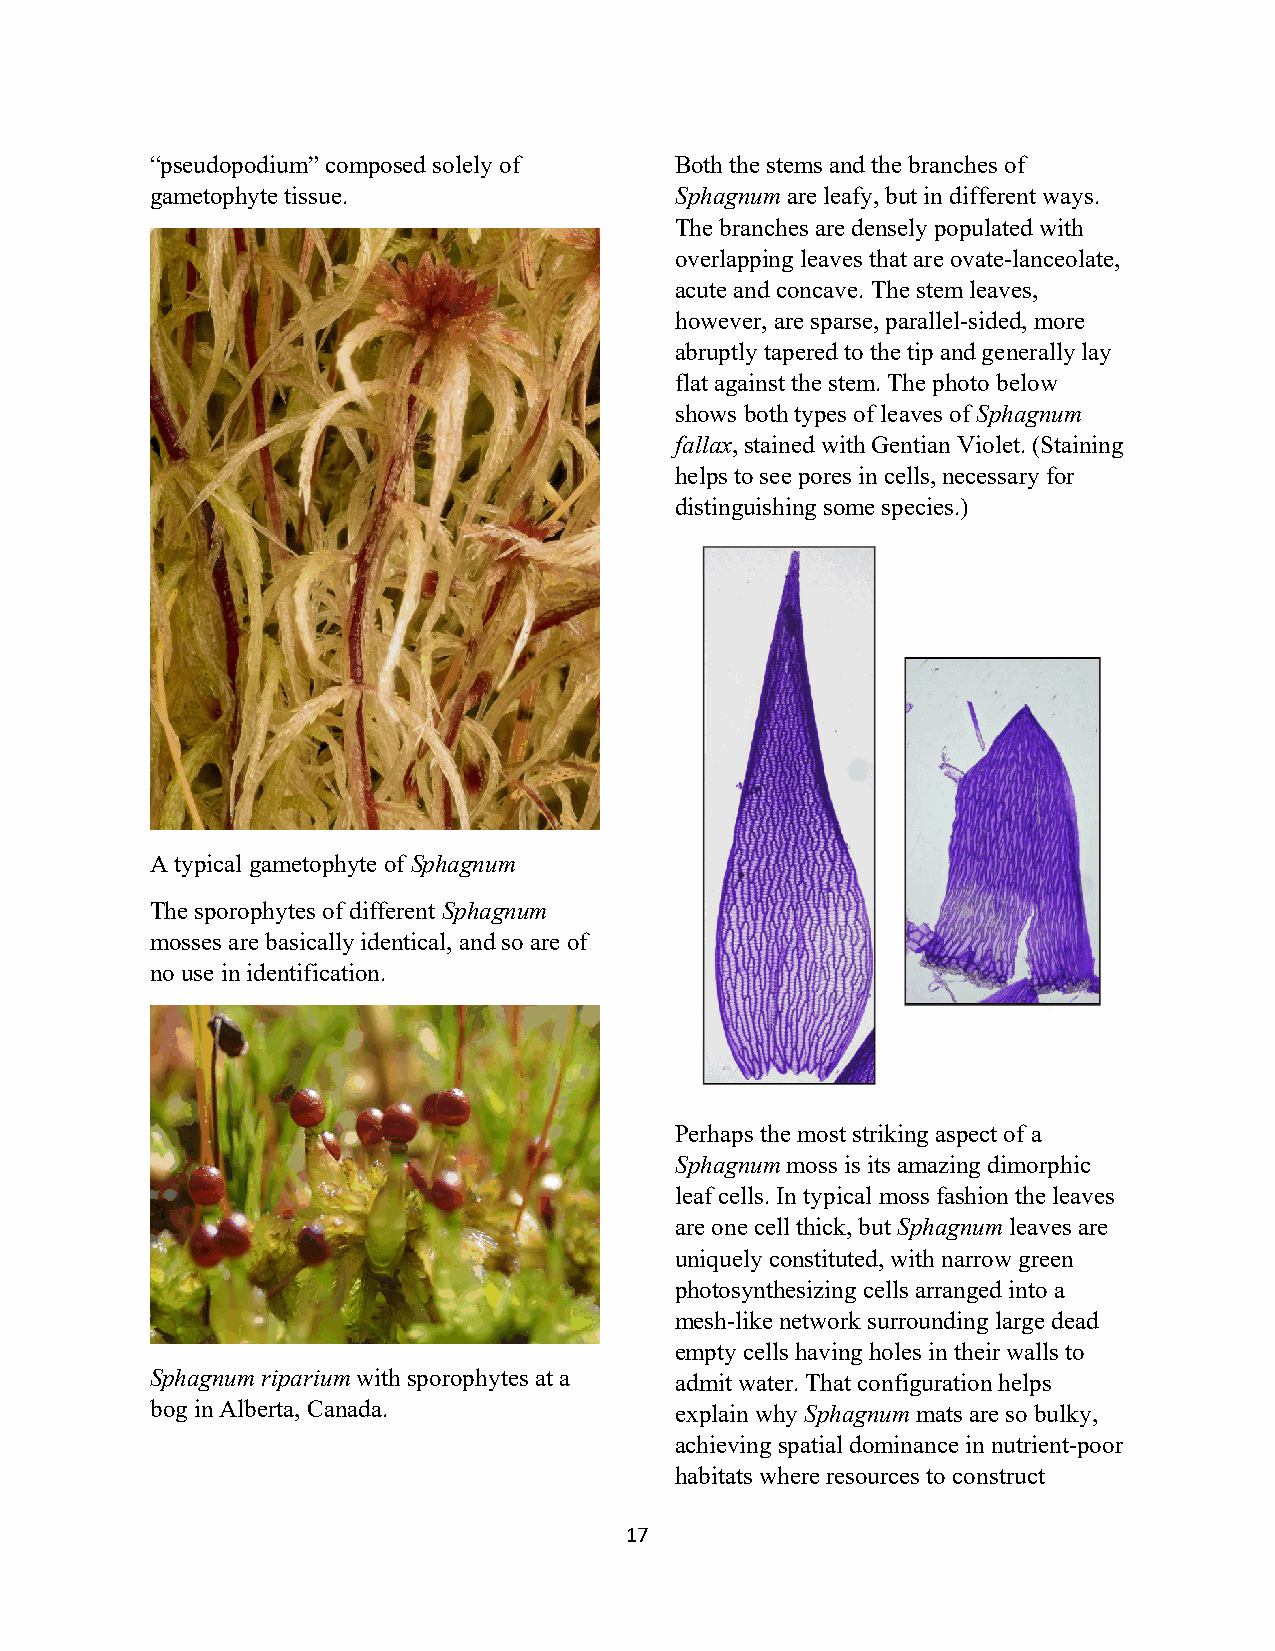
“pseudopodium” composed solely of  Both the stems and the branches of
 gametophyte tissue.                Sphagnum are leafy, but in different ways.
 The branches are densely populated with
 overlapping leaves that are ovate-lanceolate,
 acute and concave. The stem leaves,
 however, are sparse, parallel-sided, more
 abruptly tapered to the tip and generally lay
 flat against the stem. The photo below
 shows both types of leaves of Sphagnum
 fallax, stained with Gentian Violet. (Staining
 helps to see pores in cells, necessary for
 distinguishing some species.)
 A typical gametophyte of Sphagnum
 The sporophytes of different Sphagnum
 mosses are basically identical, and so are of
 no use in identification.
 Perhaps the most striking aspect of a
 Sphagnum moss is its amazing dimorphic
 leaf cells. In typical moss fashion the leaves
 are one cell thick, but Sphagnum leaves are
 uniquely constituted, with narrow green
 photosynthesizing cells arranged into a
 mesh-like network surrounding large dead
 empty cells having holes in their walls to
 Sphagnum riparium with sporophytes at a admit water. That configuration helps
 bog in Alberta, Canada.            explain why Sphagnum mats are so bulky,
 achieving spatial dominance in nutrient-poor
 habitats where resources to construct
 17